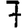
Digit: 7